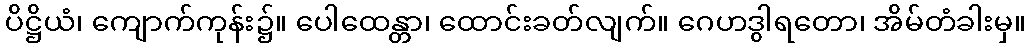
ပိဋ္ဌိယံ၊ ကျောက်ကုန်း၌။ ပေါထေန္တာ၊ ထောင်းခတ်လျက်။ ဂေဟဒွါရတော၊ အိမ်တံခါးမှ။